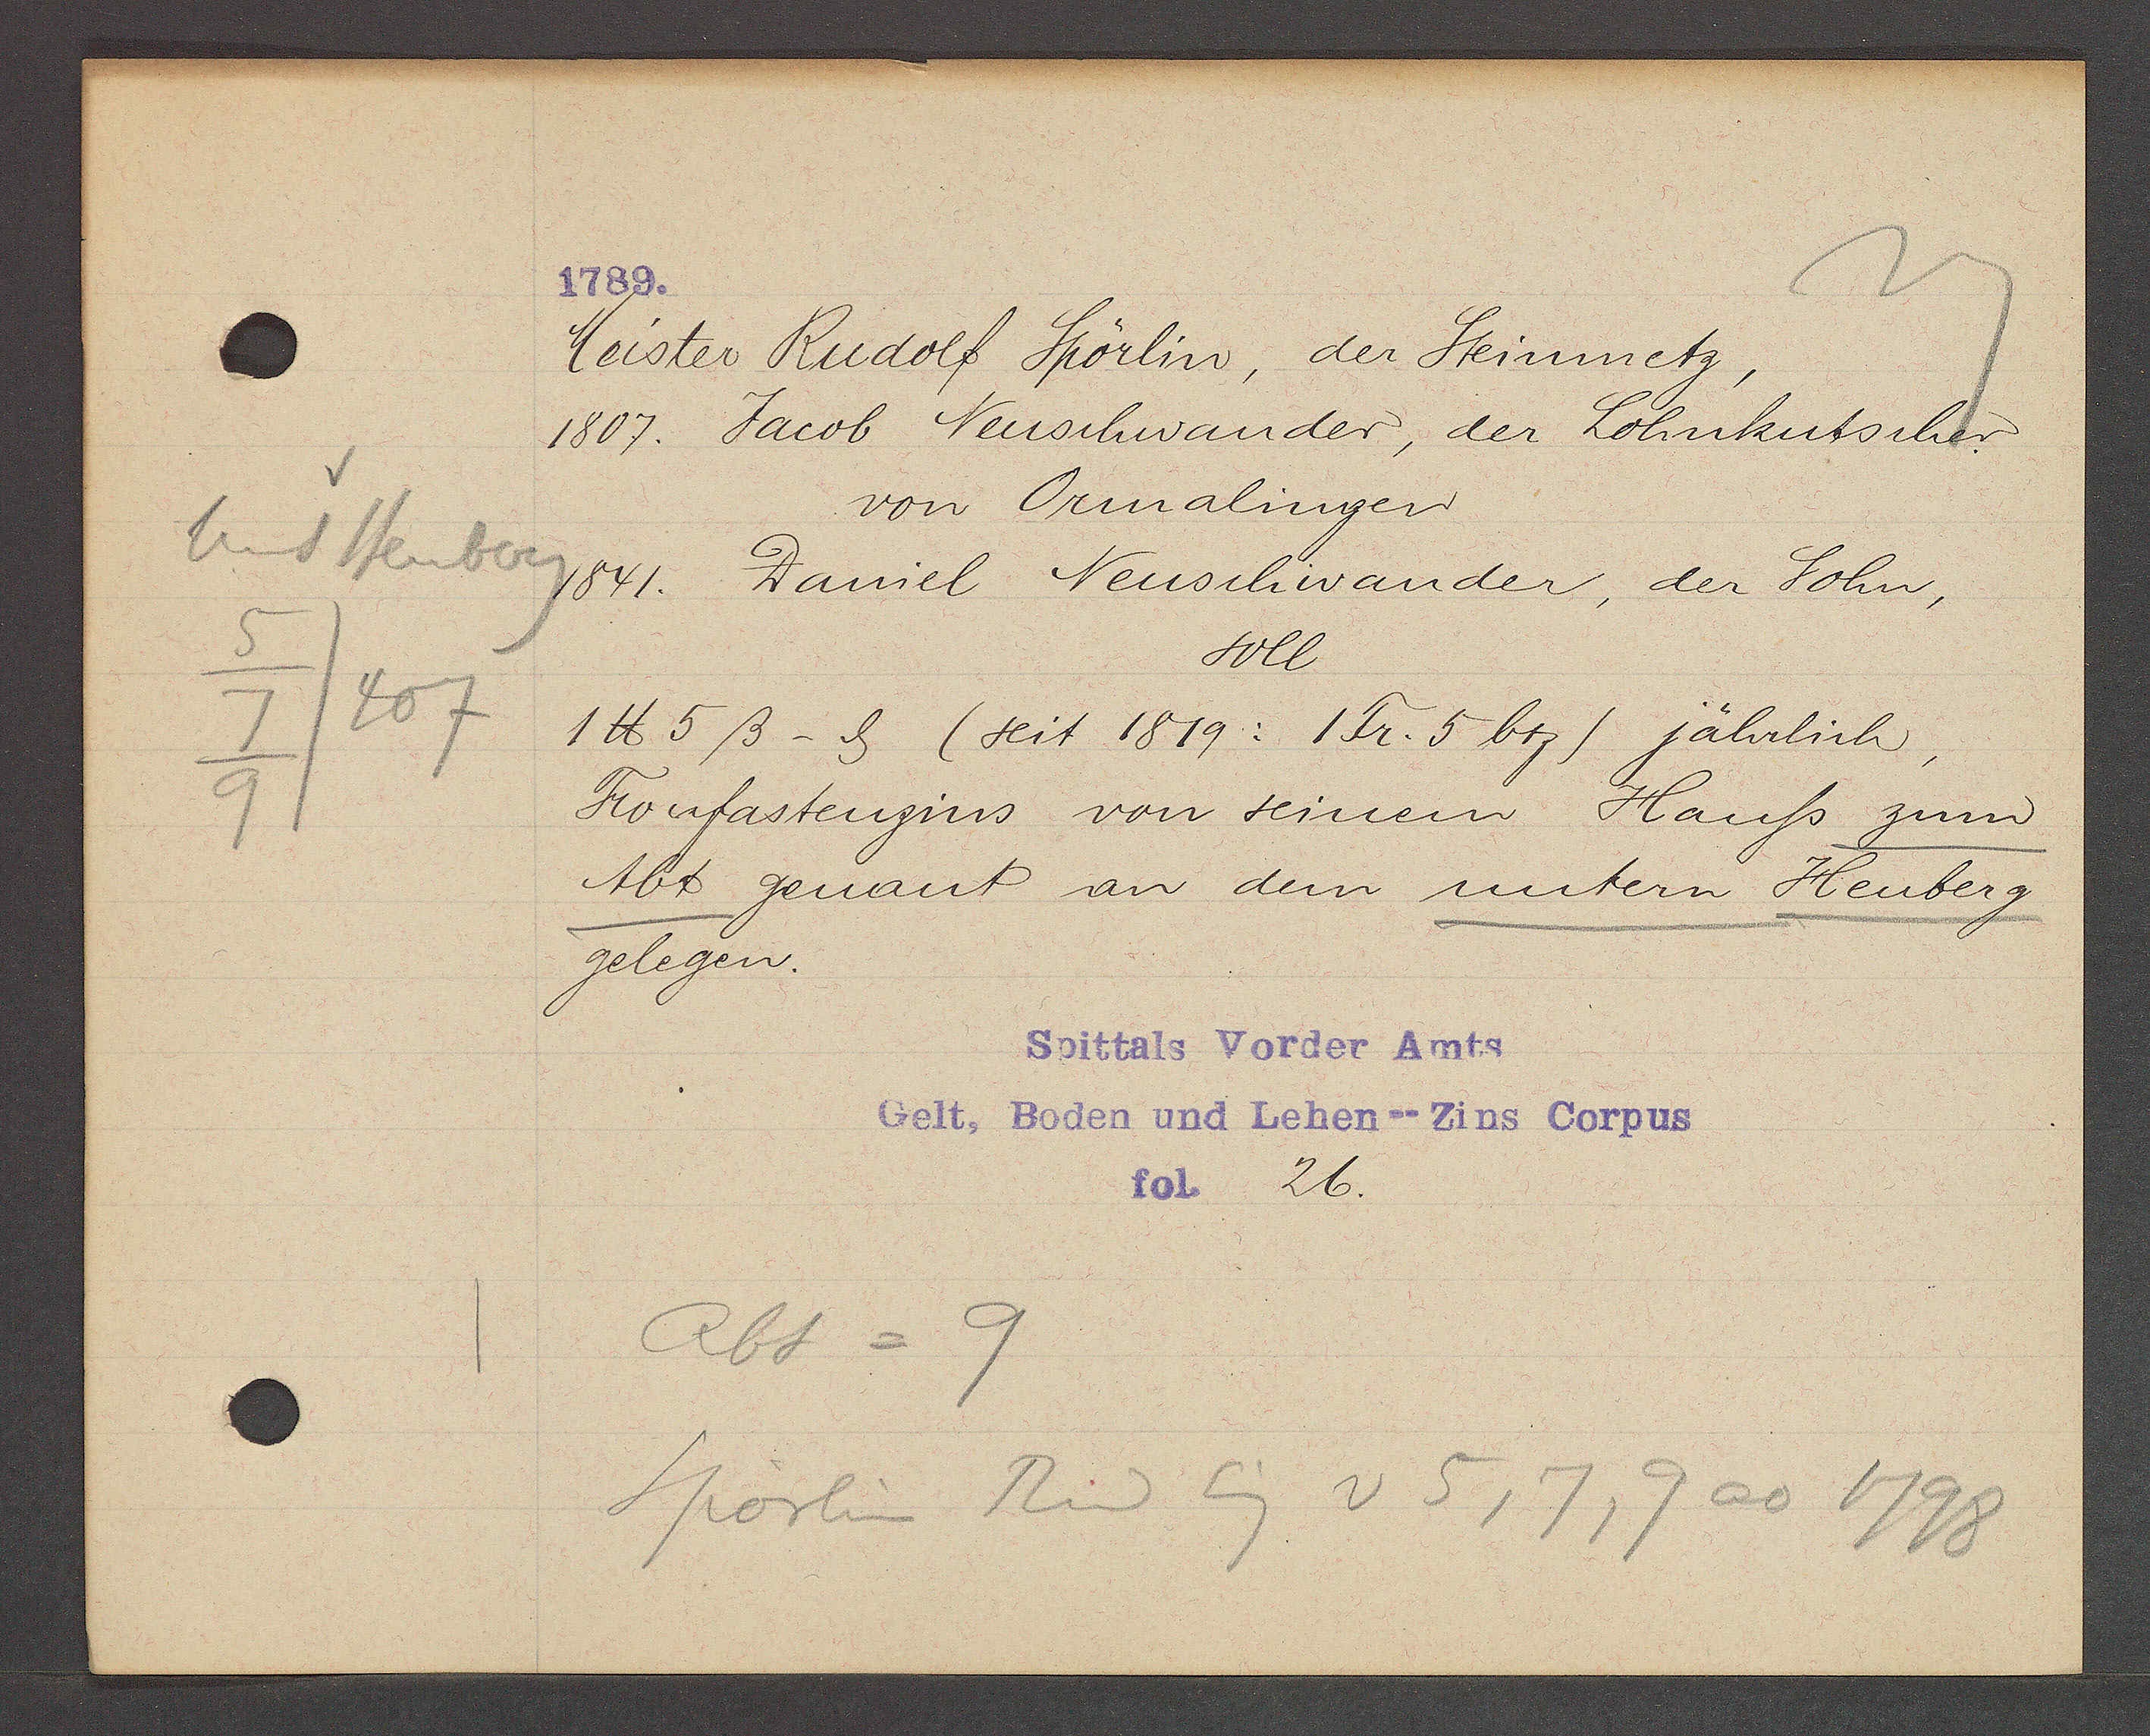
Transcript:
Unt Heuberg
5
7/407
9

1789.

Meister Rudolf Spörlin der Steinmetz,
1807. Jacob Neuschwander, der Lohnkutscher.
von Ormalinger
1841. Daniel Neuschwander, der Sohn,
soll
1 ℔ 5 ß - ȡ (seit 1819: 1 Fr. 5 btz) jährlich,
Fronfastenzins von seinem Hauss zum
Abt genant an dem untern Heuberg
gelegen.

Spittals Vorder Amts
Gelt, Boden und Lehen-- Zins Corpus
fol. 26.

Abt = 9
Spörlin Rud Eig v 5, 7, 9 ao 1798